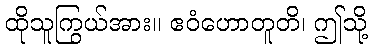
ထိုသူကြွယ်အား။ ဧဝံဟောတူတိ၊ ဤသို့